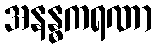
အနန္ဓကရဏာ